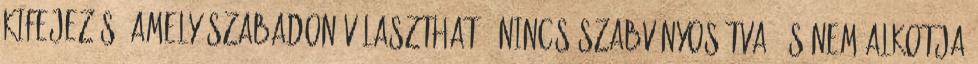
kifejezés, amely szabadon választható, nincs szabványosítva, és nem alkotja